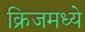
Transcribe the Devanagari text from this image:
क्रिजमध्ये